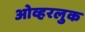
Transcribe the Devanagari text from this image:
ओव्हरलुक